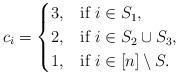
LaTeX: \begin{align*}c_i = \begin{cases}3, & \mbox{if } i \in S_1,\\2, & \mbox{if } i \in S_2 \cup S_3,\\1, & \mbox{if } i \in [n] \setminus S.\end{cases}\end{align*}